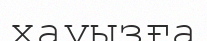
хауызға